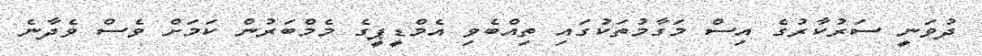
ދުވަނީ ސަރުކާރުގެ އިސް މަގާމުތަކުގައި ތިއްބެވި އެމްޑީޕީގެ މެމްބަރުން ކަމަށް ވެސް ވެދާނެ